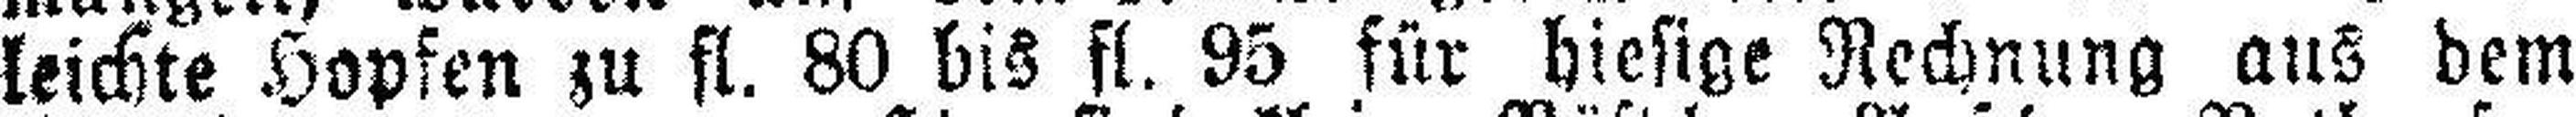
leichte Hopfen zu fl. 80 bis fl. 95 für hiesige Rechnung aus dem